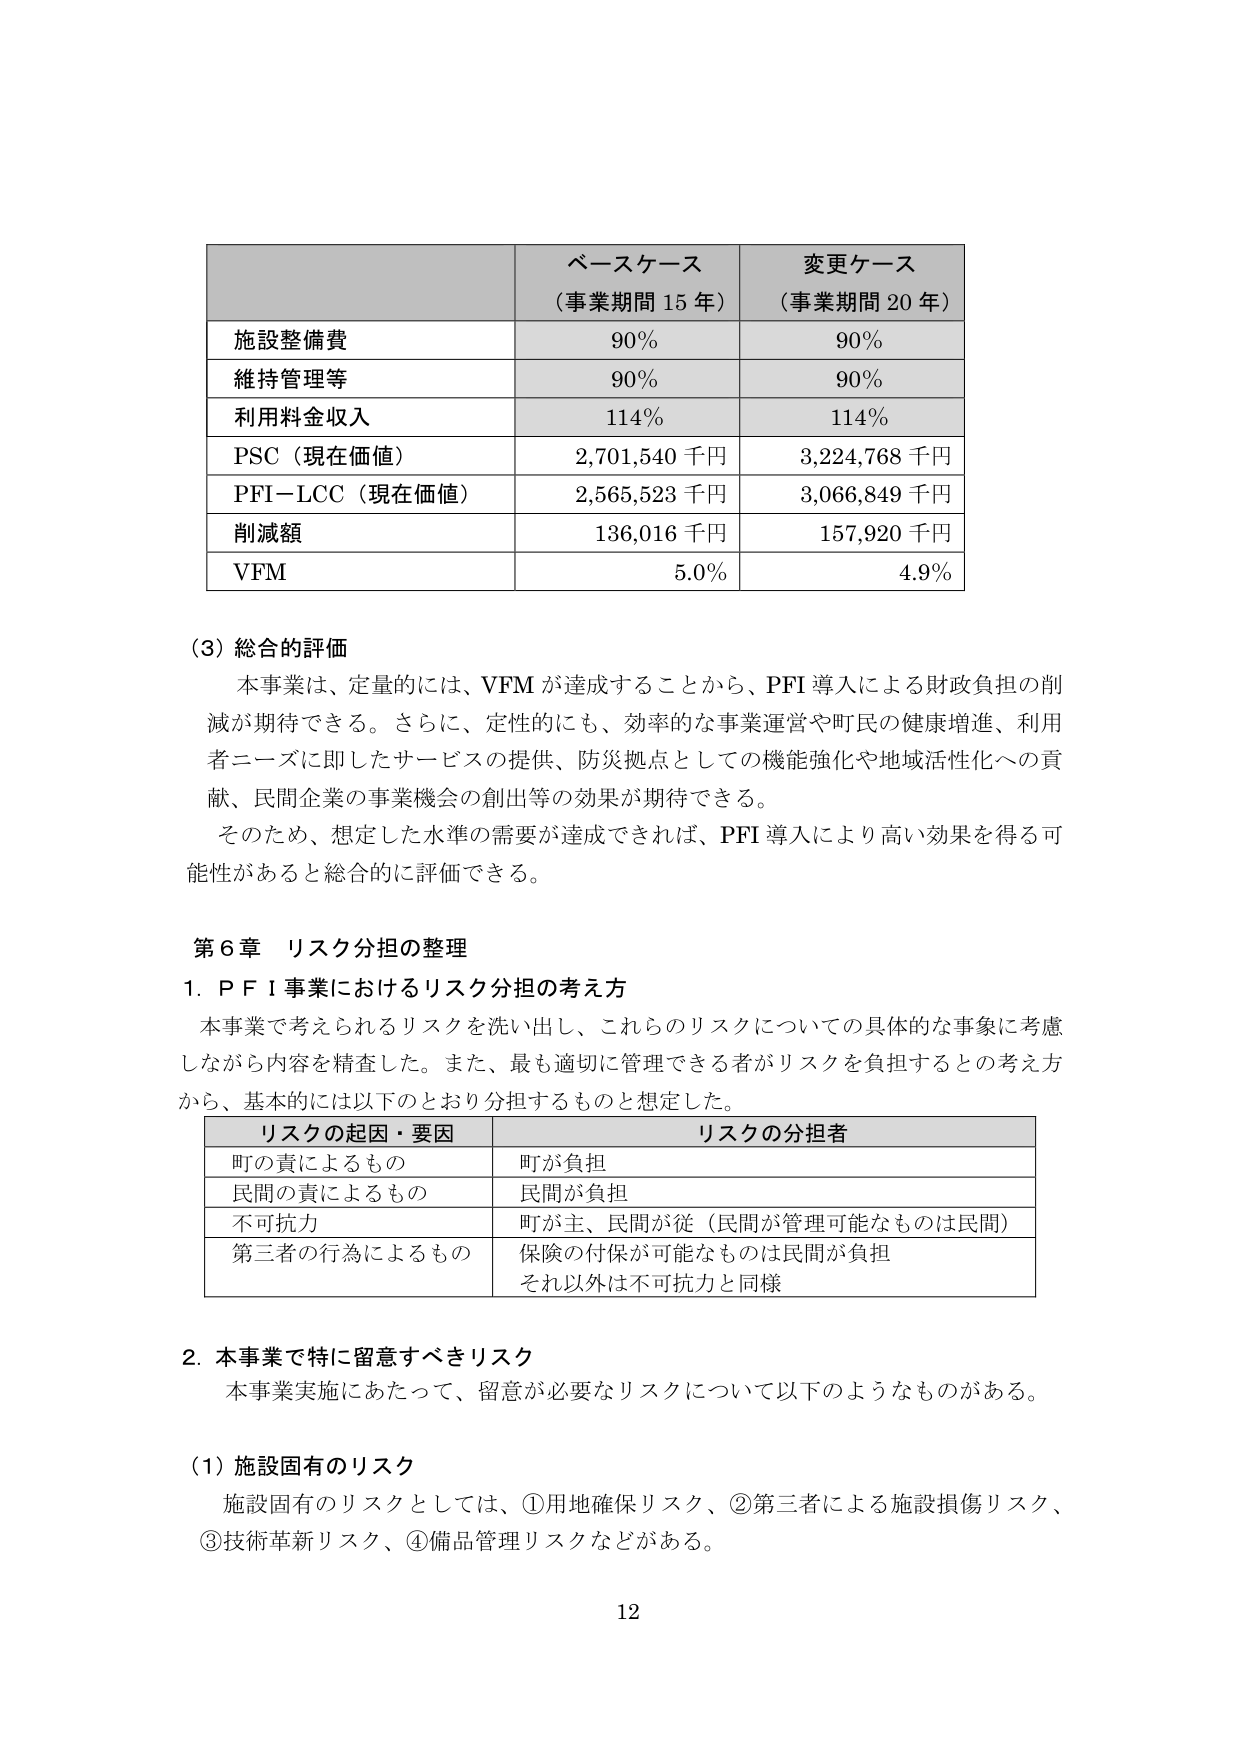
ベースケース
（事業期間 15 年）

変更ケース
（事業期間 20 年）

施設整備費
90%
90%

維持管理等
90%
90%

利用料金収入
114%
114%

PSC（現在価値）
2,701,540 千円
3,224,768 千円

PFI-LCC（現在価値）
2,565,523 千円
3,066,849 千円

削減額
136,016 千円
157,920 千円

VFM
5.0%
4.9%

（3）総合的評価
本事業は、定量的には、VFM が達成することから、PFI 導入による財政負担の削減が期待できる。さらに、定性的にも、効率的な事業運営や町民の健康増進、利用者ニーズに即したサービスの提供、防災拠点としての機能強化や地域活性化への貢献、民間企業の事業機会の創出等の効果が期待できる。
そのため、想定した水準の需要が達成できれば、PFI 導入により高い効果を得る可能性があると総合的に評価できる。

第6章 リスク分担の整理
1. PFI事業におけるリスク分担の考え方
本事業で考えられるリスクを洗い出し、これらのリスクについての具体的な事象に考慮しながら内容を精査した。また、最も適切に管理できる者がリスクを負担するとの考え方から、基本的には以下のとおり分担するものと想定した。

リスクの起因・要因
リスクの分担者

町の責によるもの
町が負担

民間の責によるもの
民間が負担

不可抗力
町が主、民間が従（民間が管理可能なものは民間）

第三者の行為によるもの
保険の付保が可能なものは民間が負担
それ以外は不可抗力と同様

2. 本事業で特に留意すべきリスク
本事業実施にあたって、留意が必要なリスクについて以下のようなものがある。

（1）施設固有のリスク
施設固有のリスクとしては、①用地確保リスク、②第三者による施設損傷リスク、③技術革新リスク、④備品管理リスクなどがある。

12